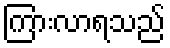
ကြားလာရသည်